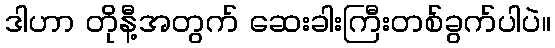
ဒါဟာ တိုနီ့အတွက် ဆေးခါးကြီးတစ်ခွက်ပါပဲ။